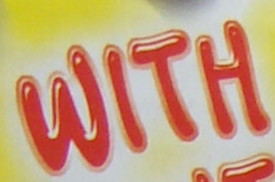
WITH